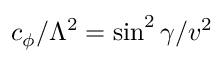
c _ { \phi } / \Lambda ^ { 2 } = \sin ^ { 2 } \gamma / v ^ { 2 }